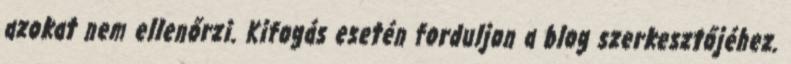
azokat nem ellenőrzi. Kifogás esetén forduljon a blog szerkesztőjéhez.